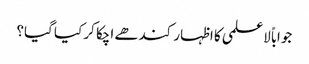
جواباً لاعلمی کا اظہار کندھے اچکا کر کیا گیا؟